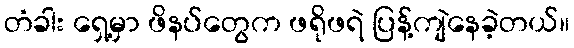
တံခါး ရှေ့မှာ ဖိနပ်တွေက ဖရိုဖရဲ ပြန့်ကျဲနေခဲ့တယ်။